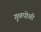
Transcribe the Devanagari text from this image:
गुळपोळी